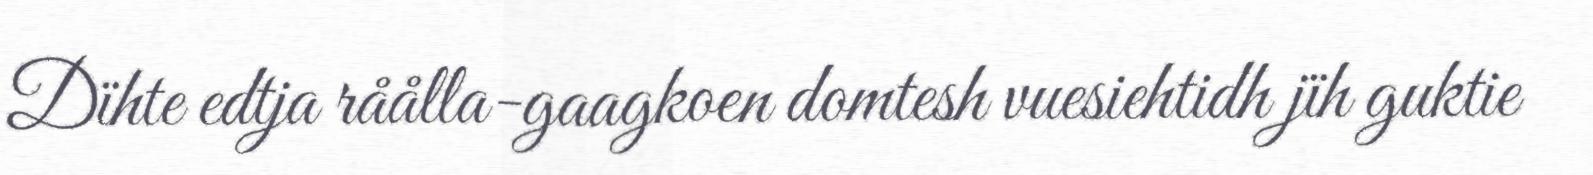
Dïhte edtja råålla-gaagkoen domtesh vuesiehtidh jïh guktie